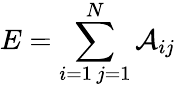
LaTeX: E=\sum_{\substack{i=1\, j=1}}^{N}\mathcal{A}_{ij}